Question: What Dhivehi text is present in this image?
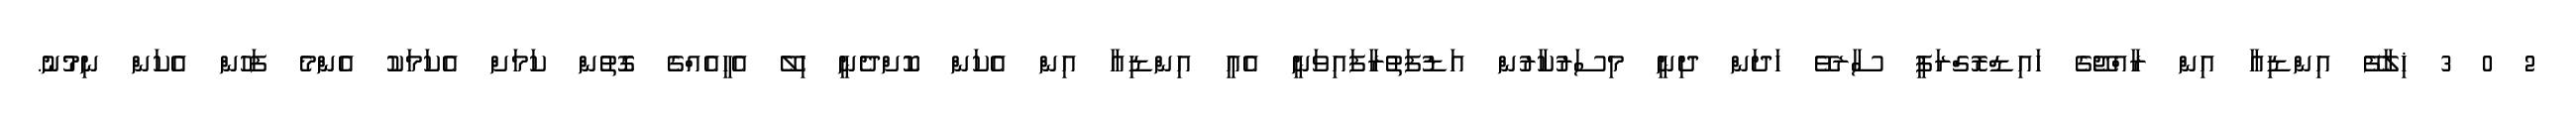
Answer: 2 0 3 ޚިލާފޭ އިންޑިއާ އިން ރާއްޖޭގެ ހައިޑްރޮގްރަފީ ސާރވޭ ހަދަން ދިނީ މިސަރުކާރުން އަޑުފަތުރާފައިވަނީ އެއީ އިންޑިއާ އިން އެކަން ކޮށްދެނީ ހިލޭ އެހީއެއްގެ ގޮތުން ކަމަށް އެކަމަކު އެންމެ ފަހުން އެކަން ނިމުނު.